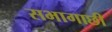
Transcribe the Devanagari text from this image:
सभागाछी